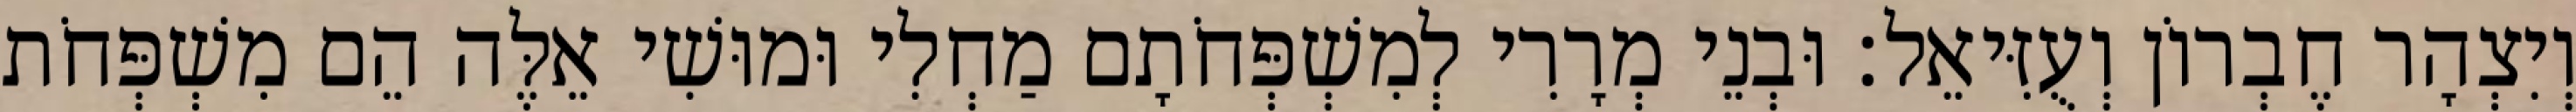
וְיִצְהָר חֶבְרוֹן וְעֻזִּיאֵל׃ וּבְנֵי מְרָרִי לְמִשְׁפְּחֹתָם מַחְלִי וּמוּשִׁי אֵלֶּה הֵם מִשְׁפְּחֹת